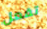
تفعل